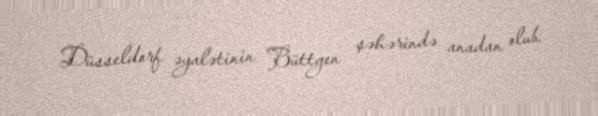
Düsseldorf əyalətinin Büttgen şəhərində anadan olub.